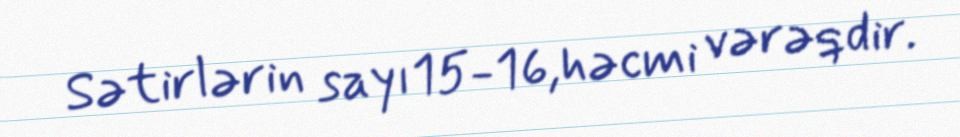
Sətirlərin sayı15-16,həcmi vərəqdir.